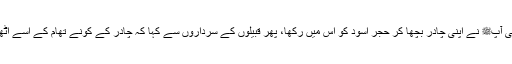
یعنی آپﷺ نے اپنی چادر بچھا کر حجر اسود کو اس میں رکھا، پھر قبیلوں کے سرداروں سے کہا کہ چادر کے کونے تھام کے اسے اٹھاؤ۔